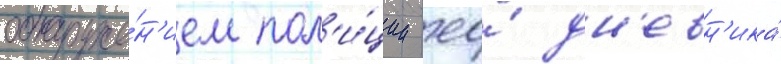
обнаруже́н'ием пол'и́ции ео́ дн'евн'ика́